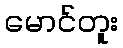
မောင်တူး